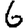
Digit: 6